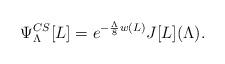
LaTeX: \begin{align*}\Psi^{CS}_{\Lambda}[L] = e^{-{\Lambda \over 8} w(L)} J[L](\Lambda).\end{align*}